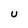
Character: U